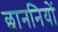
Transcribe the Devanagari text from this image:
छाननियों